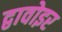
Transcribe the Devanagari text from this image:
द्वावोइर